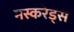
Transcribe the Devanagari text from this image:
मस्करेड्स